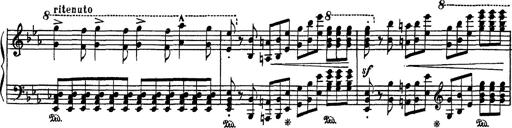
Title: Fantaisie sur des motifs favoris de l'opÃ©ra 'La sonnambula'
Composer: Franz Liszt